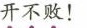
开不败！